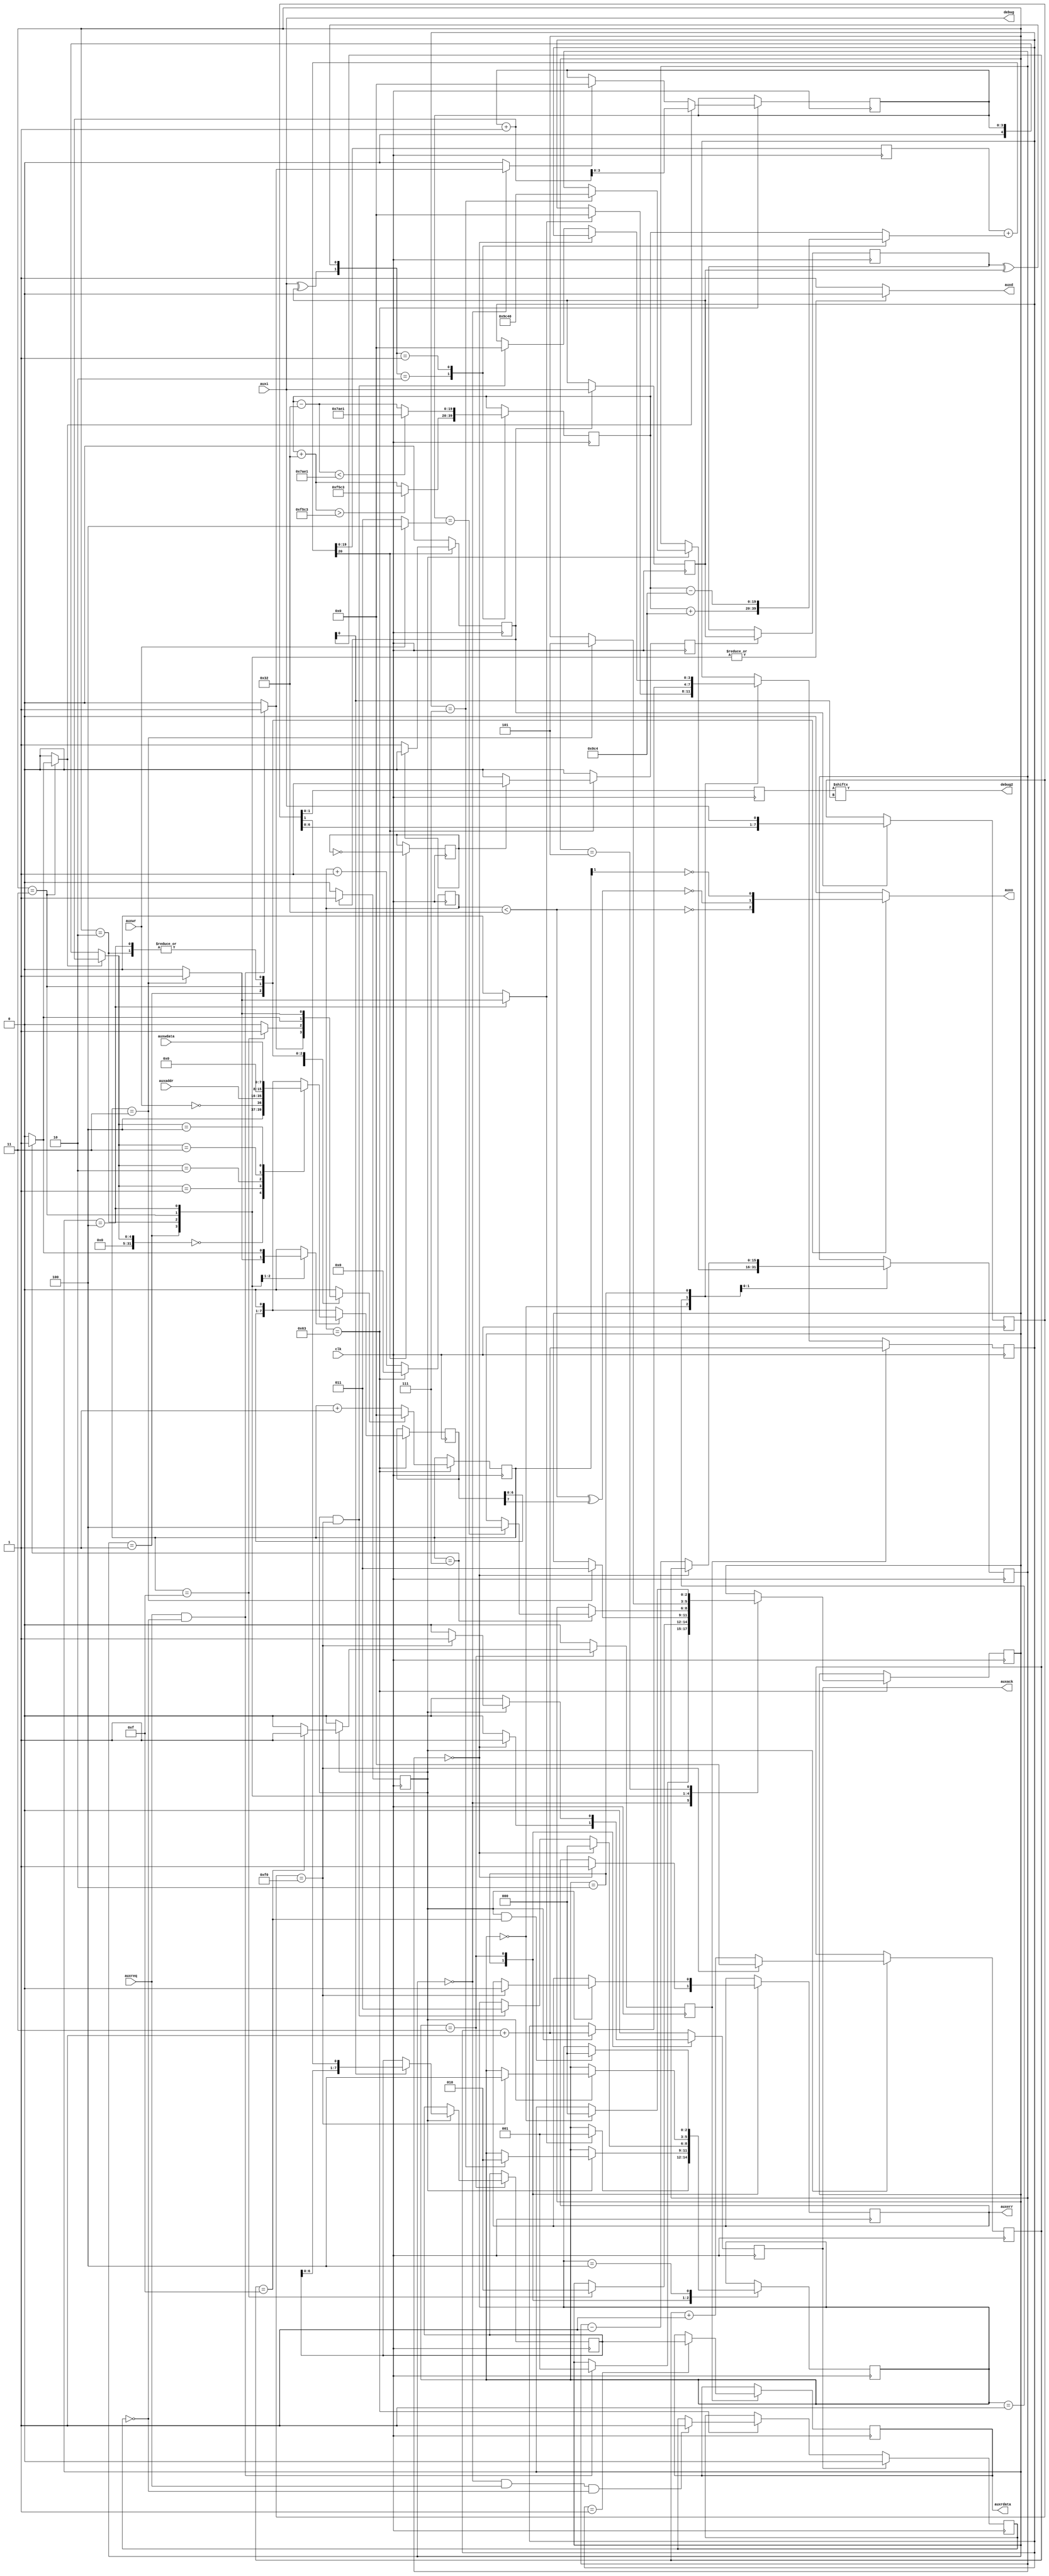
module aux(
	input wire clk,
	
	input wire [19:0] auxaddr,
	input wire [7:0] auxwdata,
	input wire auxreq,
	input wire auxwr,
	output reg auxack,
	output reg auxerr,
	output reg [7:0] auxrdata,
	
	input wire auxi,
	output reg auxo,
	output reg auxd,
	
	output wire debug,
	output wire debug2
);

	localparam TIMEOUT = 40000;
	localparam CLKDIV = 100;
	reg [6:0] auxdiv;
	wire auxclk = auxdiv < CLKDIV/2;
	wire auxtick = auxdiv == CLKDIV-1;
	initial auxdiv = 0;
	always @(posedge clk)
		if(auxtick)
			auxdiv <= 0;
		else
			auxdiv <= auxdiv + 1;

	parameter NCO = 20;
	parameter SYSMHZ = 100;
	parameter MAXKHZ = 1500;
	parameter MINKHZ = 750;
	localparam [NCO-1:0] MAXFREQ = 4.0 * MAXKHZ * (1<<NCO) / (SYSMHZ * 1000);
	localparam [NCO-1:0] MINFREQ = 4.0 * MINKHZ * (1<<NCO) / (SYSMHZ * 1000);
	reg [NCO-1:0] rxdiv, rxdiv_, fctr, fctr_, freq, alpha, beta;
	reg carry, rxclk, rxclkup, rxclkdn, rxa, rxb;

	initial begin
		rxdiv = 0;
		rxdiv_ = 0;
		fctr = (MAXKHZ+MINKHZ)/2;
		fctr_ = (MAXKHZ+MINKHZ)/2;
		rxclk = 0;
		rxa = 0;
		rxb = 0;
		alpha = 2500;
		beta = 50;
	end
	always @(posedge clk) begin
		if(rxclkdn)
			rxa <= rxb;
		if(rxclkup)
			rxb <= auxi;
	end
	wire up = auxi ^ rxb;
	wire down = rxa ^ rxb;
	always @(posedge clk) begin
		fctr <= fctr_;
		rxdiv <= rxdiv_;
	end
	always @(*) begin
		case({up,down})
		default: begin
			fctr_ = fctr;
			freq = fctr;
		end
		2'b10: begin
			freq = fctr + alpha;
			fctr_ = fctr + beta;
			if(fctr_ > MAXFREQ) fctr_ = MAXFREQ;
		end
		2'b01: begin
			freq = fctr - alpha;
			fctr_ = fctr - beta;
			if(fctr_ < MINFREQ) fctr_ = MINFREQ;
		end
		endcase
		{carry, rxdiv_} = {1'b0, rxdiv} + {1'b0, freq};
	end
	always @(posedge clk) begin
		rxclkup <= 0;
		rxclkdn <= 0;
		if(carry) begin
			rxclk <= !rxclk;
			if(rxclk)
				rxclkdn <= 1;
			else
				rxclkup <= 1;
		end
	end
	reg [7:0] rxd;
	reg rxdok;
	wire sync = rxd == 8'b11110000;
	always @(posedge clk) begin
		rxdok <= 0;
		if(rxclkup) begin
			rxd <= {rxd[6:0], auxi};
			rxdok <= 1;
		end
	end

	reg [2:0] txstate, txstate_, rxstate;
	reg rxstart, clrctr, incctr, clridx, incidx, loadsr, auxreq0;
	reg [3:0] ctr, idx;
	reg [7:0] sr;
	
	localparam IDLE = 0;
	localparam TXPREC = 1;
	localparam TXSYNC = 2;
	localparam TXDATA = 3;
	localparam TXEND = 4;
	localparam TXWAIT = 5;
	initial txstate = IDLE;
	initial auxreq0 = 0;
	always @(posedge clk) begin
		if(auxtick) begin
			txstate <= txstate_;
			if(txstate == IDLE && auxreq && !auxreq0)
				auxreq0 <= 1;
			ctr <= clrctr ? 0 : ctr + 1;
			if(clridx)
				idx <= 0;
			if(incidx)
				idx <= idx + 1;
			sr <= {sr[6:0], 1'b0};
			if(loadsr)
				case(incidx ? idx + 1 : idx)
				0: sr <= {3'b100, !auxwr, auxaddr[19:16]};
				1: sr <= auxaddr[15:8];
				2: sr <= auxaddr[7:0];
				3: sr <= 0;
				4: sr <= auxwdata;
				endcase
		end
		if(auxack)
			auxreq0 <= 0;
	end

	always @(*) begin
		txstate_ = txstate;
		clrctr = 0;
		clridx = 0;
		incidx = 0;
		loadsr = 0;
		auxo = 0;
		auxd = 1;
		rxstart = 0;
		case(txstate)
		IDLE:
			if(auxreq && !auxreq0) begin
				txstate_ = TXPREC;
				clrctr = 1;
				clridx = 1;
			end
		TXPREC: begin
			auxo = !auxclk;
			auxd = 0;
			if(ctr == 15) begin
				txstate_ = TXSYNC;
				clrctr = 1;
			end
		end
		TXSYNC: begin
			auxo = !ctr[1];
			auxd = 0;
			if(ctr == 3) begin
				txstate_ = TXDATA;
				clrctr = 1;
				loadsr = 1;
			end
		end
		TXDATA: begin
			auxo = !(auxclk ^ sr[7]);
			auxd = 0;
			if(ctr == 7) begin
				loadsr = 1;
				incidx = 1;
				clrctr = 1;
				if(idx == (auxwr ? 4 : 3))
					txstate_ = TXEND;
			end
		end
		TXEND: begin
			auxo = !ctr[1];
			auxd = 0;
			if(ctr == 3) begin
				clrctr = 1;
				txstate_ = TXWAIT;
				rxstart = 1;
			end
		end
		TXWAIT:
			if(rxstate == IDLE)
				txstate_ = IDLE;
		endcase
	end
	
	reg [3:0] inv, rxctr, rxbctr;
	initial rxstate = IDLE;
	reg [7:0] rxsr;
	reg rxbyte;
	localparam RXDELAY = 1;
	localparam RXWAIT = 2;
	localparam RXDATA = 3;
	localparam RXPARK = 4;
	reg [15:0] rxtimer;
	
	always @(posedge clk) begin
		auxack <= 0;
		rxbyte <= 0;
		if(rxdok)
			rxctr <= sync ? 0 : rxctr + 1;
		case(rxstate)
		IDLE:
			if(rxstart) begin
				rxstate <= RXDELAY;
				rxbctr <= 0;
			end
		RXDELAY:
			if(rxdok) begin
				rxbctr <= rxbctr + 1;
				if(rxbctr == 7) begin
					rxtimer <= TIMEOUT;
					rxstate <= RXWAIT;
				end
			end
		RXWAIT:
			if(rxtimer == 0) begin
				rxstate <= IDLE;
				auxack <= 1;
				auxerr <= 1;
			end else begin
				rxtimer <= rxtimer - 1;
				if(rxdok && sync) begin
					rxstate <= RXDATA;
					inv <= 0;
					rxbctr <= 0;
				end
			end
		RXDATA:
			if(rxdok) begin
				if(rxctr[0]) begin
					rxsr <= {rxsr[6:0], rxd[1]};
					if(rxd[0] == rxd[1])
						inv <= inv + 1;
				end
				if(rxctr == 15)
					rxbyte <= 1;
				if(sync) begin
					rxstate <= RXPARK;
					auxack <= 1;
					auxerr <= 0;
				end
			end
		RXPARK:
			if(rxdok && rxctr == 15)
				rxstate <= IDLE;
		endcase
		if(rxbyte) begin
			rxbctr <= rxbctr + 1;
			case(rxbctr)
			1: auxrdata <= rxsr;
			endcase
		end
	end

	reg [1:0] rxd0;
	always @(posedge clk) rxd0 <= rxd;
	assign debug = auxi;
	assign debug2 = rxd0[rxctr[0]];

endmodule